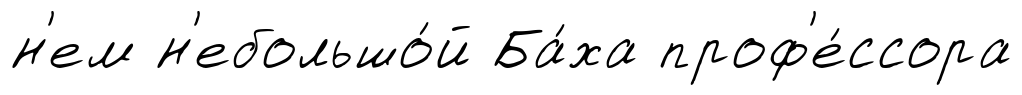
н'ем н'ебольшо́й Ба́ха проф'е́ссора